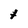
Character: t